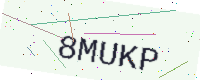
Text: 8MUKP